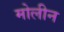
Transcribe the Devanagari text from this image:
मोलीन